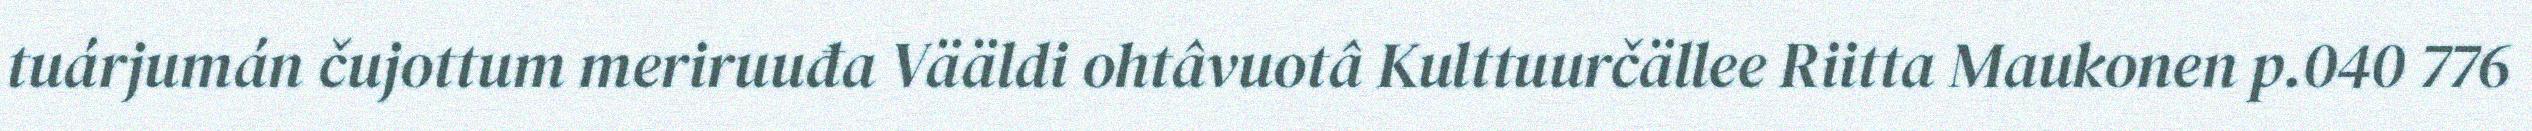
tuárjumán čujottum meriruuđa Vääldi ohtâvuotâ Kulttuurčällee Riitta Maukonen p.040 776